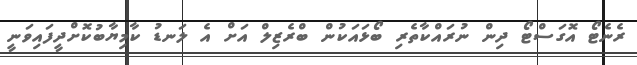
ރެނެޓޯ އޮގަސްޓޯ ދިން ނުރައްކާތެރި ބޯޅައަކުން ބްރެޒިލް އަށް އެ ލަނޑު ކާމިޔާބުކޮށްދީފައިވަނީ